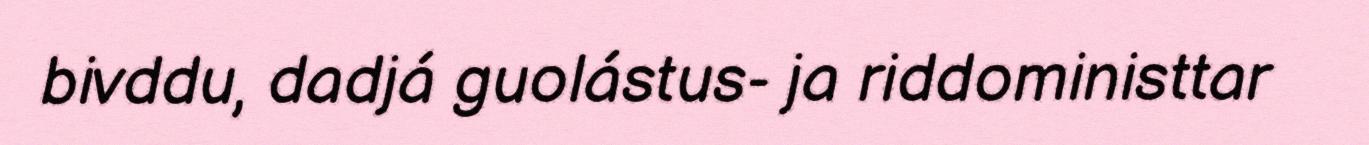
bivddu, dadjá guolástus- ja riddoministtar